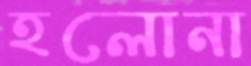
হলোনা